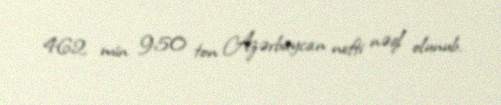
462 min 950 ton Azərbaycan nefti nəql olunub.